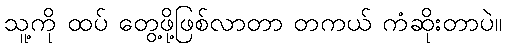
သူ့ကို ထပ် တွေ့ဖို့ဖြစ်လာတာ တကယ် ကံဆိုးတာပဲ။